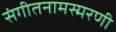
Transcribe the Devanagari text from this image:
संगीतनामस्मरणी